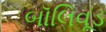
બૉલિવૂડ